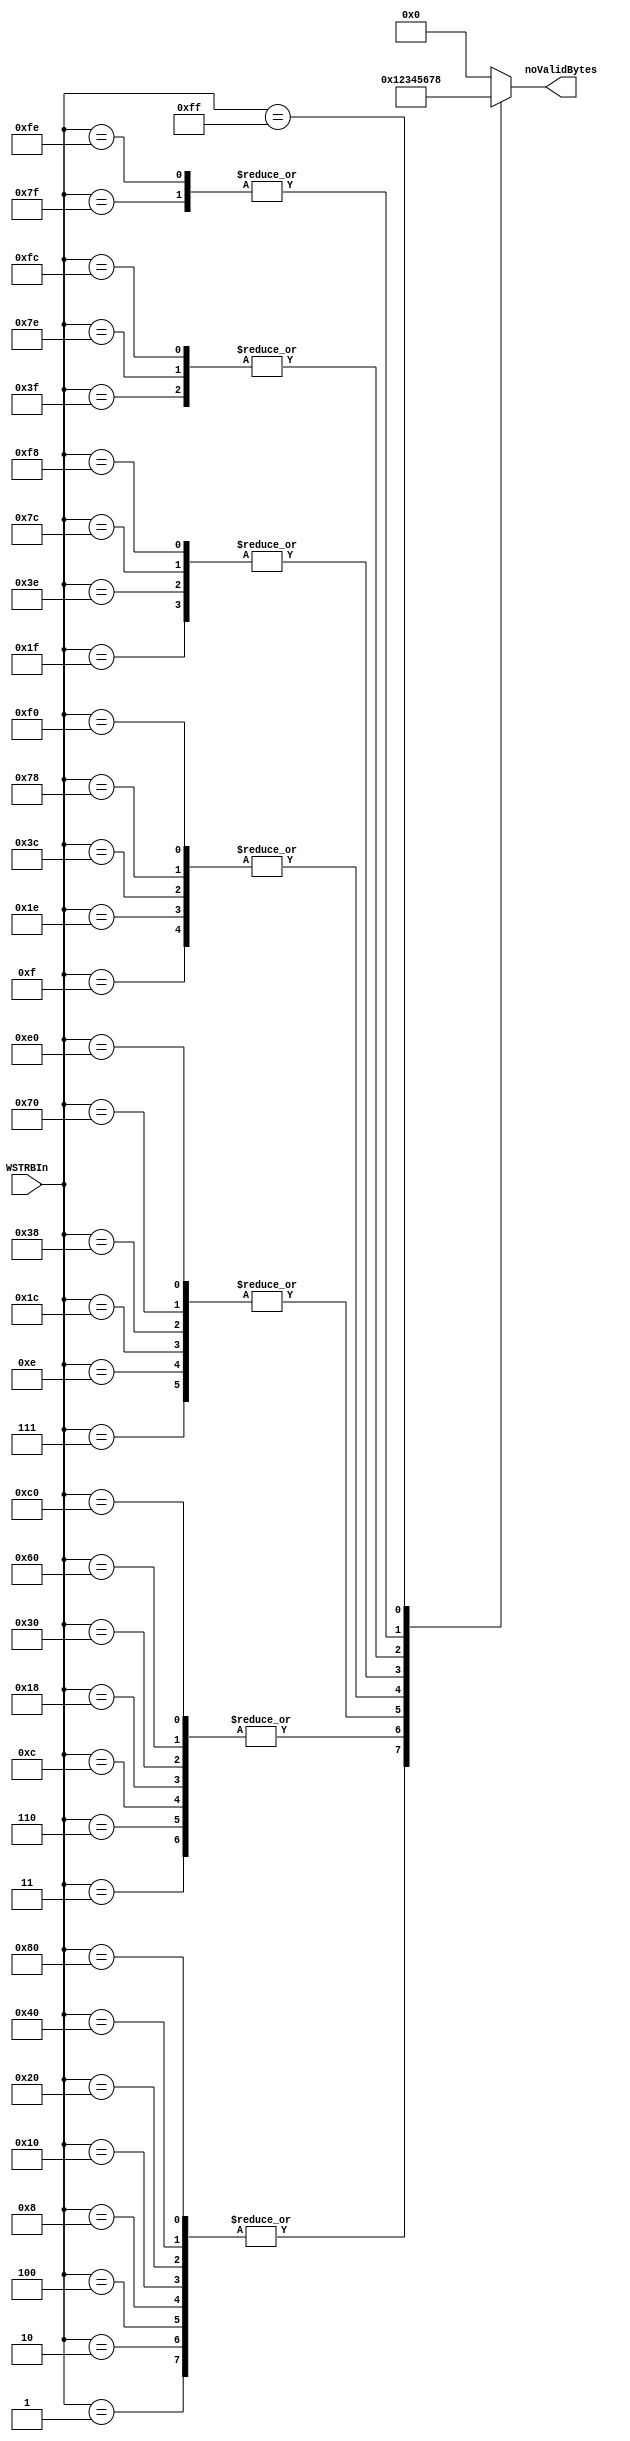
// ****************************************************************************/
// Microsemi Corporation Proprietary and Confidential
// Copyright 2015 Microsemi Corporation.  All rights reserved.
//
// ANY USE OR REDISTRIBUTION IN PART OR IN WHOLE MUST BE HANDLED IN
// ACCORDANCE WITH THE MICROSEMI LICENSE AGREEMENT AND MUST BE APPROVED
// IN ADVANCE IN WRITING.
//
// Description: 
//
// SVN Revision Information:
// SVN $Revision: 25747 $
// SVN $Date: 2015-12-14 03:02:25 +0000 (Mon, 14 Dec 2015) $
//
// Resolved SARs
// SAR      Date     Who   Description
//
// Notes:
//
// ****************************************************************************/
module COREAXITOAHBL_WSTRBPopCntr (
    WSTRBIn,
    noValidBytes
);

input   [7:0]           WSTRBIn;
output  [3:0]           noValidBytes;

reg     [3:0]           noValidBytes;

////////////////////////////////////////////////////////////////////////////////
// ROM Table - Returns the population count of WSTRB
////////////////////////////////////////////////////////////////////////////////
always @ (*)
begin
    case (WSTRBIn) // 256*4 ROM table
        8'b10000000,8'b01000000,8'b00100000,8'b00010000,8'b00001000,8'b00000100,8'b00000010,8'b00000001: noValidBytes <= 4'd1;
        8'b11000000,8'b01100000,8'b00110000,8'b00011000,8'b00001100,8'b00000110,8'b00000011: noValidBytes <= 4'd2;
        8'b11100000,8'b01110000,8'b00111000,8'b00011100,8'b00001110,8'b00000111: noValidBytes <= 4'd3;
        8'b11110000,8'b01111000,8'b00111100,8'b00011110,8'b00001111: noValidBytes <= 4'd4;
        8'b11111000,8'b01111100,8'b00111110,8'b00011111: noValidBytes <= 4'd5;
        8'b11111100,8'b01111110,8'b00111111: noValidBytes <= 4'd6;
        8'b11111110,8'b01111111: noValidBytes <= 4'd7;
        8'b11111111: noValidBytes <= 4'd8;
        default: noValidBytes <= 4'd0;
    endcase
end

endmodule // COREAXITOAHBL_WSTRBPopCntr